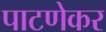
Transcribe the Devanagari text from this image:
पाटणेकर